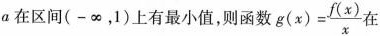
a在区间(-\infty ，1)上有最小值，则函数$$g(x)= \frac{f(x)}{x}$$在